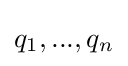
q_{1},...,q_{n}